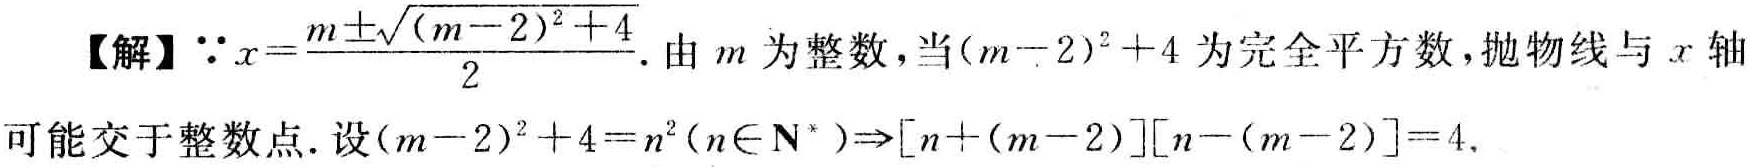
【解】$\because x = \frac{m\pm\sqrt{(m - 2)^2 + 4}}{2}$. 由$m$为整数，当$(m - 2)^2 + 4$为完全平方数，抛物线与$x$轴可能交于整数点. 设$(m - 2)^2 + 4 = n^2(n\in\mathbf{N}^*)\Rightarrow[n+(m - 2)][n-(m - 2)] = 4$.